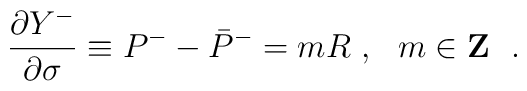
\frac{\partial Y^-}{\partial \sigma} \equiv  P^- -  \bar{P}^- = m R~, ~~m \in {\bf Z}~~.